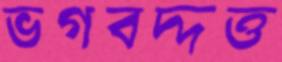
ভগবদ্‌দত্ত